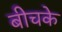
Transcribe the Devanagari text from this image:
बीचके